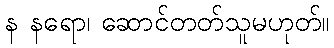
န နရော၊ ဆောင်တတ်သူမဟုတ်။